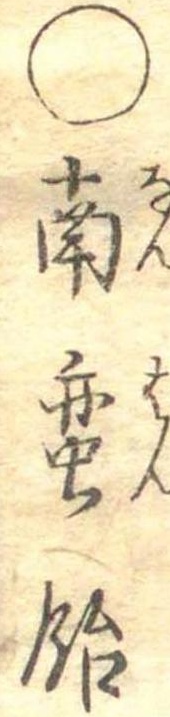
○南蛮飴